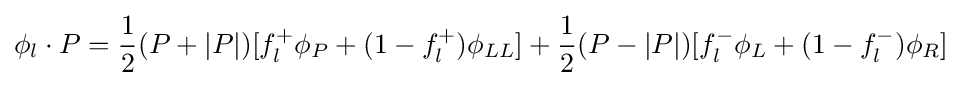
\phi _{l}\cdot P={\frac {1}{2}}(P+|P|)[f_{l}^{+}\phi _{P}+(1-f_{l}^{+})\phi _{LL}]+{\frac {1}{2}}(P-|P|)[f_{l}^{-}\phi _{L}+(1-f_{l}^{-})\phi _{R}]